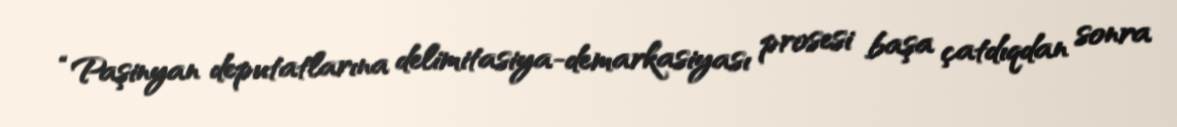
“Paşinyan deputatlarına delimitasiya-demarkasiyası prosesi başa çatdıqdan sonra